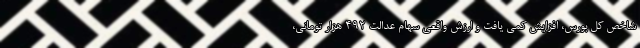
شاخص کل بورس، افزایش کمی یافت و ارزش واقعی سهام عدالت ۴۹۲ هزار تومانی،